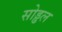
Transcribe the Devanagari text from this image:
सोड्ढल